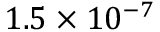
1 . 5 \times 1 0 ^ { - 7 }